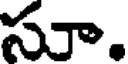
సూ.